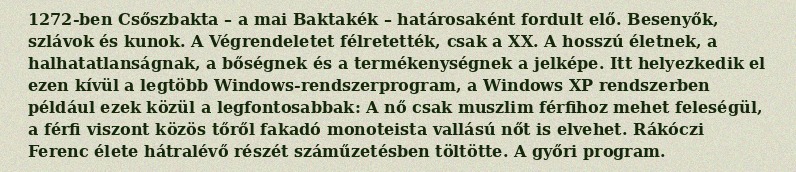
1272-ben Csőszbakta – a mai Baktakék – határosaként fordult elő. Besenyők, szlávok és kunok. A Végrendeletet félretették, csak a XX. A hosszú életnek, a halhatatlanságnak, a bőségnek és a termékenységnek a jelképe. Itt helyezkedik el ezen kívül a legtöbb Windows-rendszerprogram, a Windows XP rendszerben például ezek közül a legfontosabbak: A nő csak muszlim férfihoz mehet feleségül, a férfi viszont közös tőről fakadó monoteista vallású nőt is elvehet. Rákóczi Ferenc élete hátralévő részét száműzetésben töltötte. A győri program.